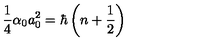
\frac { 1 } { 4 } \alpha _ { 0 } a _ { 0 } ^ { 2 } = \hbar \left( n + \frac { 1 } { 2 } \right)